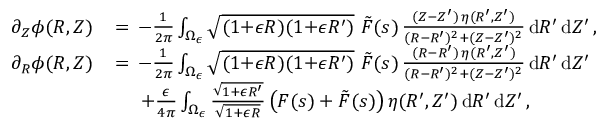
\begin{array} { r l } { \partial _ { Z } \phi ( R , Z ) \, } & { = \, - \frac { 1 } { 2 \pi } \int _ { \Omega _ { \epsilon } } \sqrt { ( 1 { + } \epsilon R ) ( 1 { + } \epsilon R ^ { \prime } ) } ~ \tilde { F } ( s ) \, \frac { ( Z { - } Z ^ { \prime } ) \, \eta ( R ^ { \prime } , Z ^ { \prime } ) } { ( R { - } R ^ { \prime } ) ^ { 2 } + ( Z { - } Z ^ { \prime } ) ^ { 2 } } \, \mathrm { d } R ^ { \prime } \, \mathrm { d } Z ^ { \prime } \, , } \\ { \partial _ { R } \phi ( R , Z ) \, } & { = \, - \frac { 1 } { 2 \pi } \int _ { \Omega _ { \epsilon } } \sqrt { ( 1 { + } \epsilon R ) ( 1 { + } \epsilon R ^ { \prime } ) } ~ \tilde { F } ( s ) \, \frac { ( R { - } R ^ { \prime } ) \, \eta ( R ^ { \prime } , Z ^ { \prime } ) } { ( R { - } R ^ { \prime } ) ^ { 2 } + ( Z { - } Z ^ { \prime } ) ^ { 2 } } \, \mathrm { d } R ^ { \prime } \, \mathrm { d } Z ^ { \prime } } \\ & { \quad ~ + \frac { \epsilon } { 4 \pi } \int _ { \Omega _ { \epsilon } } \frac { \sqrt { 1 { + } \epsilon R ^ { \prime } } } { \sqrt { 1 + \epsilon R } } \, \bigl ( F ( s ) + \tilde { F } ( s ) \bigr ) \, \eta ( R ^ { \prime } , Z ^ { \prime } ) \, \mathrm { d } R ^ { \prime } \, \mathrm { d } Z ^ { \prime } \, , } \end{array}